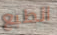
الطبع